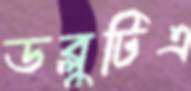
ডব্লুটিএ